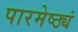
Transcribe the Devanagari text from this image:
पारमेष्ठ्यं